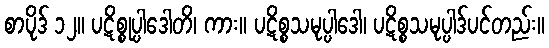
စာပိုဒ် ၁၂။ ပဋိစ္စုပ္ပါဒေါတိ၊ ကား။ ပဋိစ္စသမုပ္ပါဒေါ၊ ပဋိစ္စသမုပ္ပါဒ်ပင်တည်း။